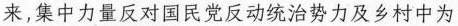
来，集中力量反对国民党反动统治势力及乡村中为